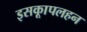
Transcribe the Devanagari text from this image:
इसकाूपलहन